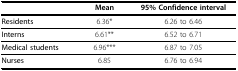
<table><thead><tr><td></td><td><b>Mean</b></td><td><b>95% Confidence interval</b></td></tr></thead><tbody><tr><td><b>Residents</b></td><td>6.36*</td><td>6.26 to 6.46</td></tr><tr><td><b>Interns</b></td><td>6.61**</td><td>6.52 to 6.71</td></tr><tr><td><b>Medical students</b></td><td>6.96***</td><td>6.87 to 7.05</td></tr><tr><td><b>Nurses</b></td><td>6.85</td><td>6.76 to 6.94</td></tr></tbody></table>